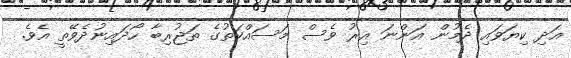
އަދި ކިޔަވައި ދެމުން އަންނަ އިރު ވެސް މަސައްކަތުގެ ތަޖުރިބާ ހޯދައިނުދެވޭތީ އެވެ.